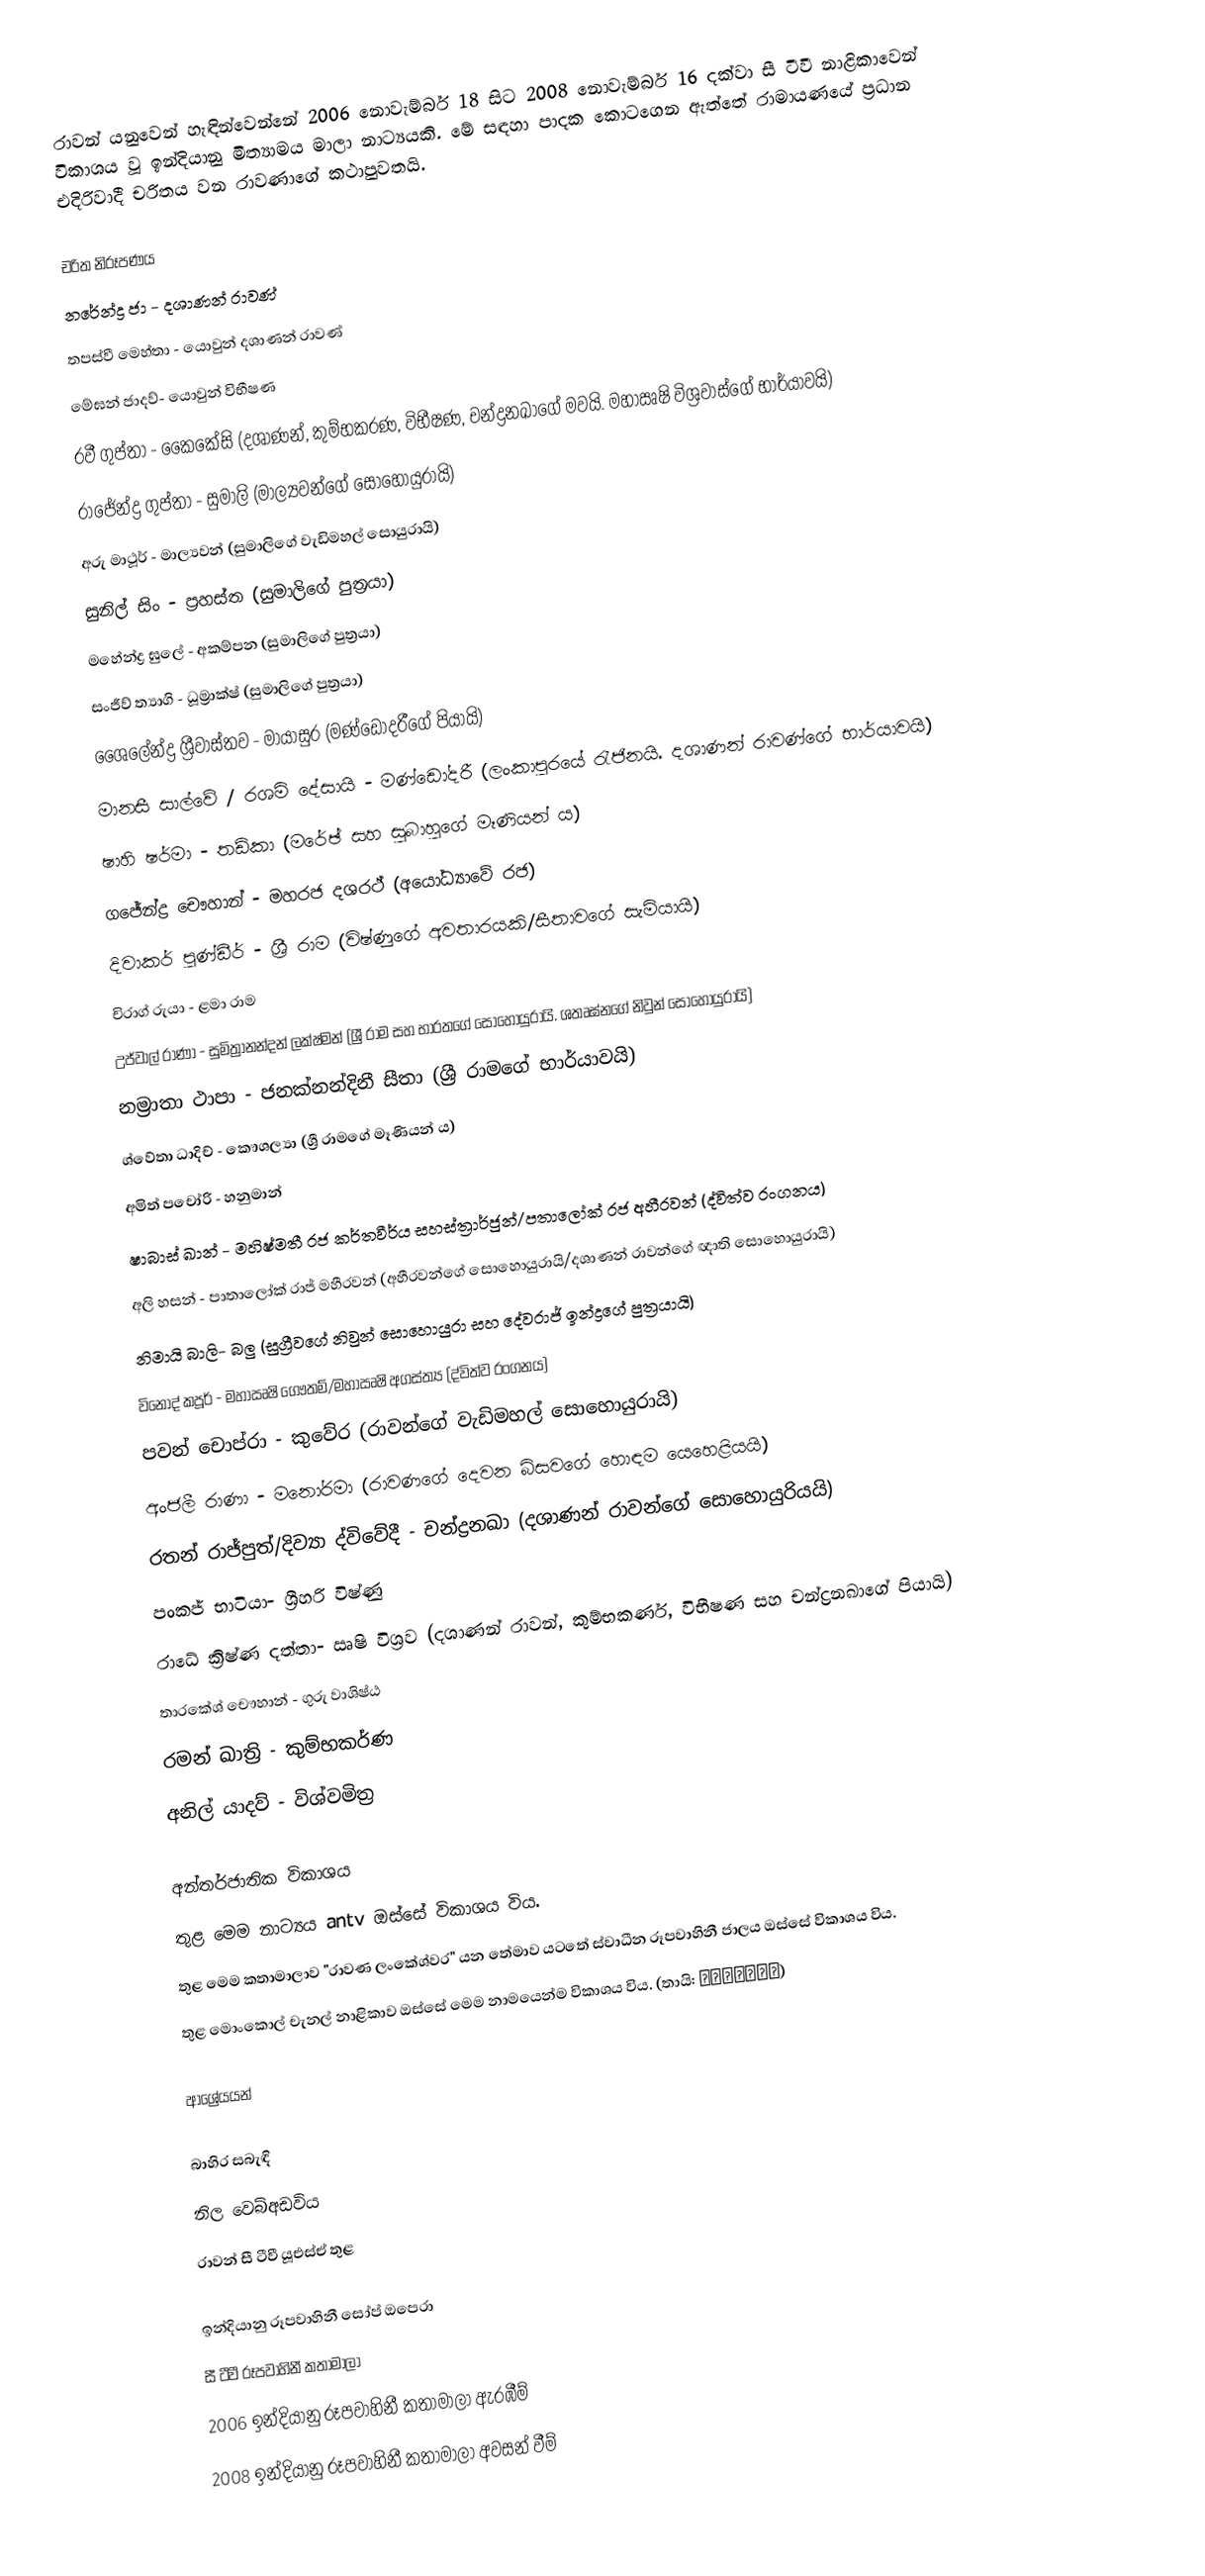
රාවන් ‍යනුවෙන් හැඳින්වෙන්නේ 2006 නොවැම්බර් 18 සිට 2008 නොවැම්බර් 16 දක්වා සී ටීවී නාළිකාවෙන් විකාශය වූ ඉන්දියානු මිත්‍යාමය මාලා නාට්‍යයකි. මේ සඳහා පාදක කොටගෙන ඇත්තේ රාමායණයේ ප්‍රධාන එදිරිවාදී චරිතය වන රාවණාගේ කථාපුවතයි.

චරිත නිරූපණය
 නරේන්ද්‍ර ජා - දශාණන් රාවණ්
 තපස්වී මෙහ්තා - යොවුන් දශාණන් රාවණ්
 මේඝන් ජාදව්- ‍යොවුන් විභීෂණ
 රවී ගුප්තා - කෛකේසි (දශාණන්, කුම්භකරණ, විභීෂණ, චන්ද්‍රනඛාගේ මවයි. මහාඍෂි විශ්‍රවාස්ගේ භාර්යාවයි)
 රාජේන්ද්‍ර ගුප්තා - සුමාලි (මාල්‍යවන්ගේ සොහොයුරායි)
 අරු මාථූර් - මාල්‍යවන් (සුමාලිගේ වැඩිමහල් සොයුරායි)
 සුනිල් සිං - ප්‍රහස්ත (සුමාලිගේ පුත්‍රයා)
 මහේන්ද්‍ර ඝුලේ - අකම්පන (සුමාලිගේ පුත්‍රයා)
 සංජීව් ත්‍යාගි - ධූම්‍රාක්ෂ් (සුමාලිගේ පුත්‍රයා)
 ශෛලේන්ද්‍ර ශ්‍රීවාස්තව - මායාසුර (මණ්ඩෝදරීගේ පියායි)
 මානසී සාල්වේ / රශමි දේසායි - මණ්ඩෝදරී (ලංකාපුරයේ රැජිනයි. දශාණන් රාවණ්ගේ භාර්යාවයි)
 ෂාහි ෂර්මා - තඩ්කා (මරේඡ් සහ සුබාහුගේ මෑණියන් ය)
 ගජේන්ද්‍ර චෞහාන් - මහරජ දශරථ් (අයෝධ්‍යාවේ රජ)
 දිවාකර් පුණ්ඩීර් - ශ්‍රී රාම (විෂ්ණුගේ අවතාරයකි/සීතාවගේ සැමියායි)
 චිරාග් රුයා - ළමා රාම
 උජ්වාල් රාණා - සුමිත්‍රානන්දන් ලක්ෂ්මන් (ශ්‍රී රාම සහ භාරතගේ සොහොයුරායි. ශතෘඝ්නගේ නිවුන් සොහොයුරායි)
 නම්‍රාතා ථාපා - ජනක්නන්දිනී සීතා (ශ්‍රී රාමගේ භාර්යාවයි)
 ශ්වේතා ධාදිච් - කෞශල්‍යා (ශ්‍රී රාමගේ මෑණියන් ය)
 අමිත් පචෝරි - හනුමාන්
 ෂාබාස් ඛාන් - මහිෂ්මතී රජ කර්තවීර්ය සහස්ත්‍රාර්ජුන්/පතාලෝක් රජ අහීරවන් (ද්විත්ව රංගනය)
 අලි හසන් - පාතාලෝක් රාජ් මහීරවන් (අහීරවන්ගේ සොහොයුරායි/දශාණන් රාවන්ගේ ඥාති සොහොයුරායි)
 නිමායි බාලි- බලු (සුග්‍රීවගේ නිවුන් සොහොයුරා සහ දේවරාජ් ඉන්ද්‍රගේ පුත්‍රයායි)
 විනෝද් කපූර් - මහාඍෂි ගෞතම්/මහාඍෂි අගස්ත්‍ය (ද්විත්ව රංගනය)
 පවන් චොප්රා - කුවේර (රාවන්ගේ වැඩිමහල් සොහොයුරායි)
 අංජලී රාණා - මනෝරමා (රාවණගේ දෙවන බිසවගේ හොඳම යෙහෙළියයි)
 රතන් රාජ්පුත්/දිව්‍යා ද්විවේදී - චන්ද්‍රනඛා (දශාණන් රාවන්ගේ සොහොයුරියයි)
 පංකජ් භාටියා- ශ්‍රීහරි විෂ්ණු
 රාධේ ක්‍රිෂ්ණ දත්තා- ඍෂි විශ්‍රව (දශාණන් රාවන්, කුම්භකර්ණ, විභීෂණ සහ චන්ද්‍රනඛාගේ පියායි)
 තාරකේශ් චෞහාන් - ගුරු වාශිෂ්ඨ
 රමන් ඛාත්‍රි - කුම්භකර්ණ
 අනිල් යාදව් - විශ්වමිත්‍ර

අන්තර්ජාතික විකාශය
  තුළ මෙම නාට්‍යය antv ඔස්සේ විකාශය විය.
   තුළ මෙම කතාමාලාව "රාවණ ලංකේශ්වර" යන තේමාව යටතේ ස්වාධීන රූපවාහිනී ජාලය ඔස්සේ විකාශය විය.
   තුළ මොංකොල් චැනල් නාළිකාව ඔස්සේ මෙම නාමයෙන්ම විකාශය විය. (තායි: ทศกัณฐ์)

ආශ්‍රේයයන්

බාහිර සබැඳි
 නිල වෙබ්අඩවිය
 රාවන් සී ටීවී යූඑස්ඒ තුළ

ඉන්දියානු රූපවාහිනී සෝප් ඔපෙරා
සී ටීවී රූපවාහිනී කතාමාලා
2006 ඉන්දියානු රූපවාහිනී කතාමාලා ඇරඹීම්
2008 ඉන්දියානු රූපවාහිනී කතාමාලා අවසන් වීම්